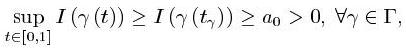
$\sup _{t \in[0,1]} I(\gamma(t)) \geq I\left(\gamma\left(t_{\gamma}\right)\right) \geq a_{0}>0, \forall \gamma \in \Gamma,$